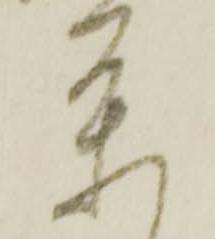
条